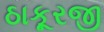
ઠાકૂરજી